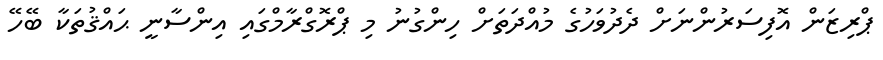
ޕްރިޒަން އޮފިސަރުންނަށް ދެދުވަހުގެ މުއްދަތަށް ހިންގުނު މި ޕްރޮގްރާމްގައި އިންސާނީ ޙައްޤުތަކާ ބޭހޭ